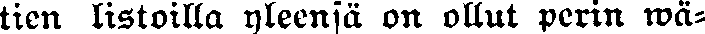
tien listoilla yleensä on ollut perin wä-